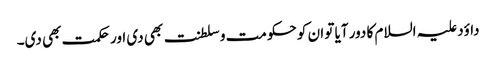
داؤد علیہ السلام کا دور آیا تو ان کو حکومت و سلطنت بھی دی اور حکمت بھی دی۔